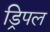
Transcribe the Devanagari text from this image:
ड्रिपल